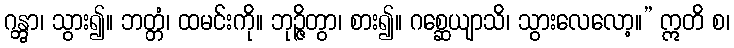
ဂန္တွာ၊ သွား၍။ ဘတ္တံ၊ ထမင်းကို။ ဘုဉ္ဇိတွာ၊ စား၍။ ဂစ္ဆေယျာသိ၊ သွားလေလော့။” ဣတိ စ၊